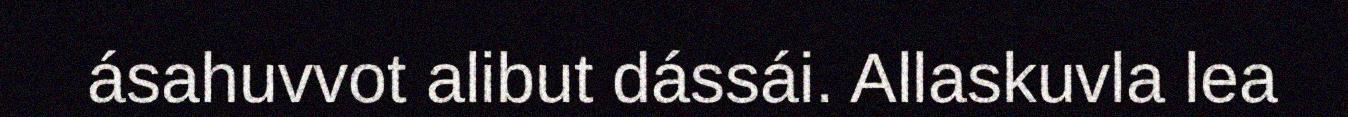
ásahuvvot alibut dássái. Allaskuvla lea